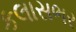
કલાસભર